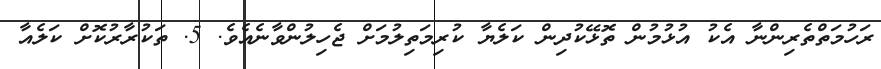
ރަހުމަތްތެރިންނާ އެކު އުޅުމުން ތޮޅޭކުދިން ކަލެޔާ ކުރިމަތިލުމަށް ޖެހިލުންވާނެއެވެ. 5. ތަކުރާރުކޮށް ކަލެއާ